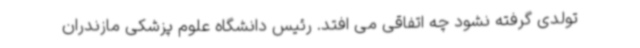
تولدی گرفته نشود چه اتفاقی می افتد. رئیس دانشگاه علوم پزشکی مازندران